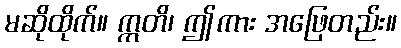
မဆိုထိုက်။ ဣတိ၊ ဤကား အဖြေတည်း။